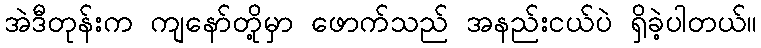
အဲဒီတုန်းက ကျနော်တို့မှာ ဖောက်သည် အနည်းငယ်ပဲ ရှိခဲ့ပါတယ်။